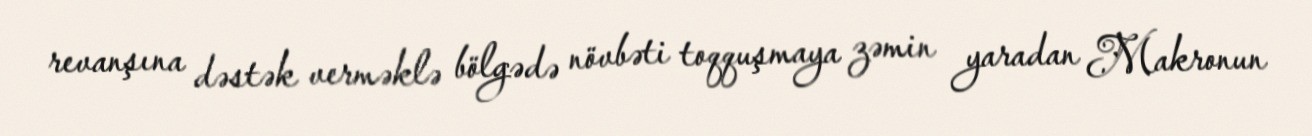
revanşına dəstək verməklə bölgədə növbəti toqquşmaya zəmin yaradan Makronun